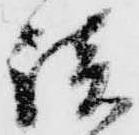
談